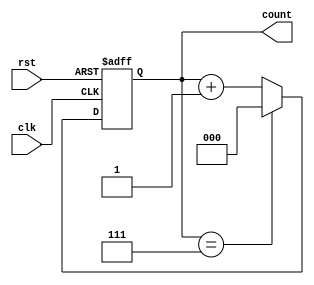
module up_counter_moore (
    input wire clk,     // Clock signal
    input wire rst,     // Asynchronous reset signal
    output reg [2:0] count // 3-bit output representing the current count
);

// State encoding is implicit based on the count value
// The count ranges from 0 to 7 (for a 3-bit counter)

always @(posedge clk or posedge rst) begin
    if (rst) begin
        count <= 3'b000; // Reset the counter to 0
    end else begin
        if (count == 3'b111) begin
            count <= 3'b000; // Wrap around to 0 after reaching 7
        end else begin
            count <= count + 1; // Increment the counter
        end
    end
end

endmodule